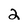
Character: 2